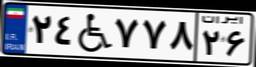
۲۴W۷۷۸۲۶